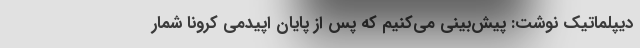
دیپلماتیک نوشت: پیش‌بینی می‌کنیم که پس از پایان اپیدمی کرونا شمار